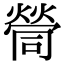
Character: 𡀸